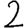
Digit: 2